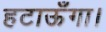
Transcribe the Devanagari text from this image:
हटाऊँगा।